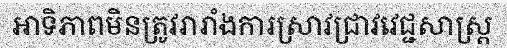
អាទិភាពមិនត្រូវរារាំងការស្រាវជ្រាវវេជ្ជសាស្ត្រ